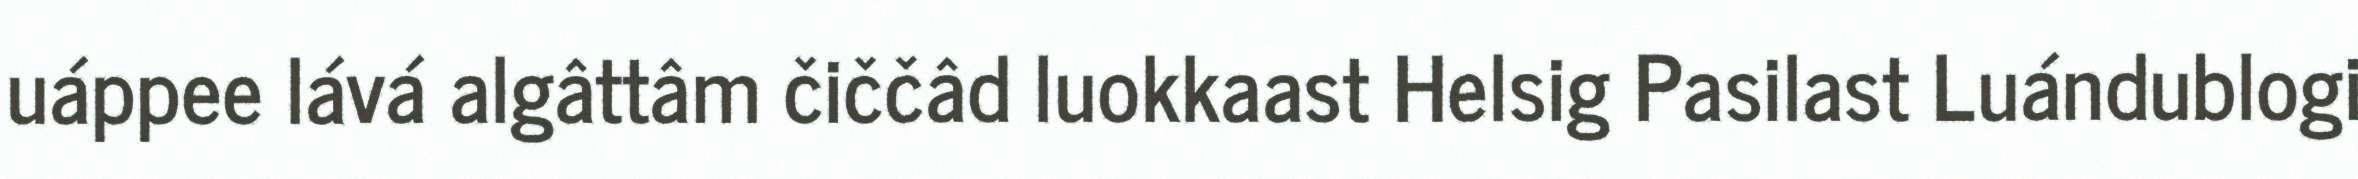
uáppee lává algâttâm čiččâd luokkaast Helsig Pasilast Luándublogi